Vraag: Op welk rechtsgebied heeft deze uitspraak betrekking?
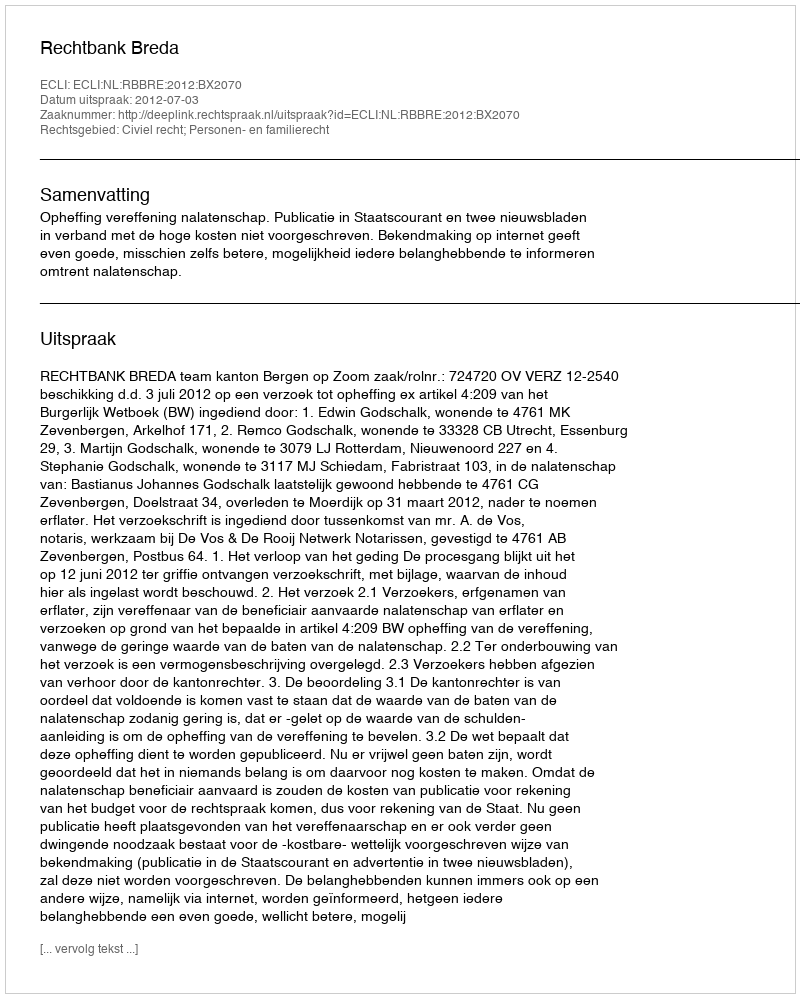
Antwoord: Civiel recht; Personen- en familierecht